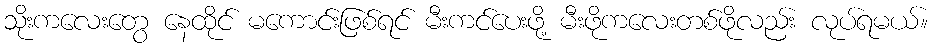
သိုးကလေးတွေ နေထိုင် မကောင်းဖြစ်ရင် မီးကင်ပေးဖို့ မီးဖိုကလေးတစ်ဖိုလည်း လုပ်ရမယ်။